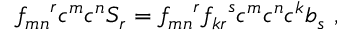
{ f _ { m n } } ^ { r } c ^ { m } c ^ { n } S _ { r } = { f _ { m n } } ^ { r } { f _ { k r } } ^ { s } c ^ { m } c ^ { n } c ^ { k } b _ { s } ~ ,